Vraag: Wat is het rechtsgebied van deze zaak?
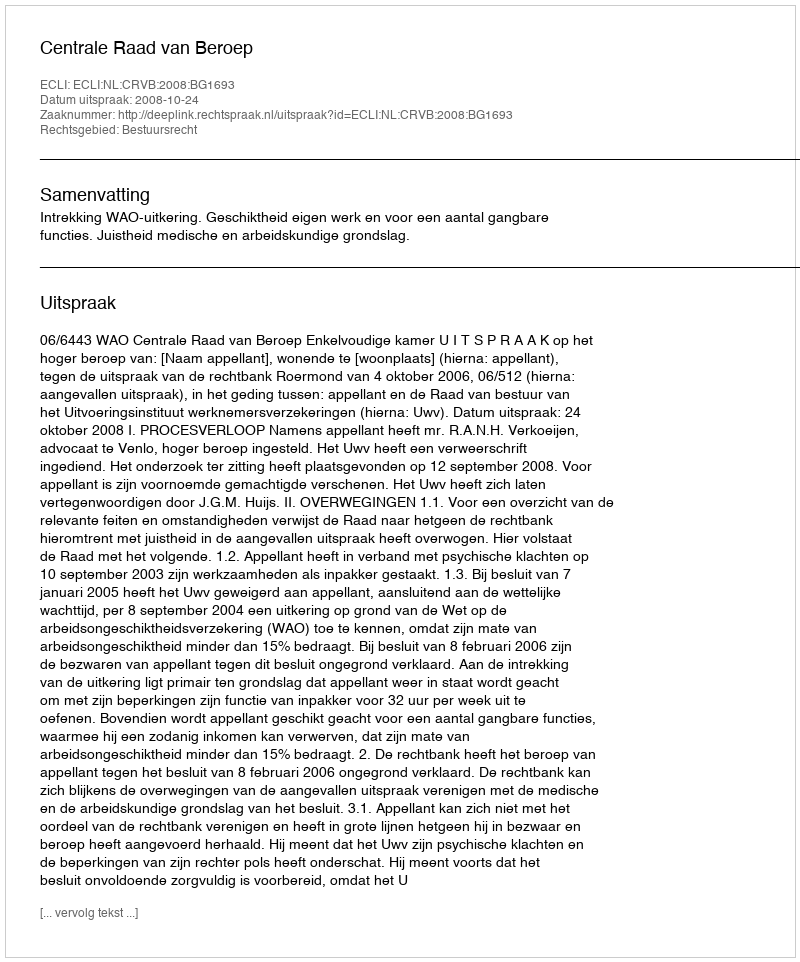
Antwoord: Bestuursrecht